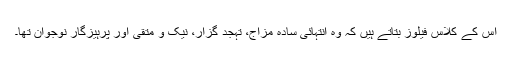
اس کے کلاس فیلوز بتاتے ہیں کہ وہ انتہائی سادہ مزاج، تہجد گزار، نیک و متقی اور پرہیزگار نوجوان تھا۔